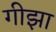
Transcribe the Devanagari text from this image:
गीझा